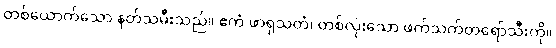
တစ်ယောက်သော နတ်သမီးသည်။ ဧကံ ဖာရုသတံ၊ တစ်လုံးသော ဖက်သက်တရော်သီးကို။